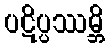
ပဋိပ္ပဿမ္ဘိ